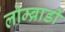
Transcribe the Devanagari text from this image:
लोम्ब्रार्डी